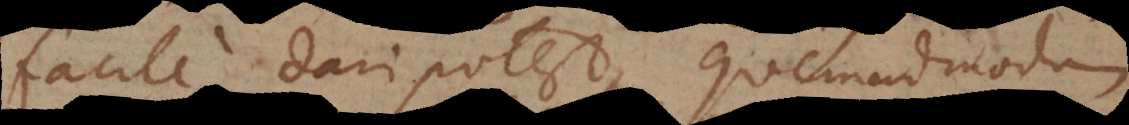
facile dari potest, quemadmodum